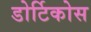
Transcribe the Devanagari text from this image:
डोर्टिकोस